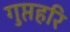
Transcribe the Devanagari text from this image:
गुप्तहरि